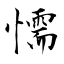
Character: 懦